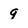
Character: q